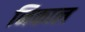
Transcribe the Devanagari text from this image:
निकाल